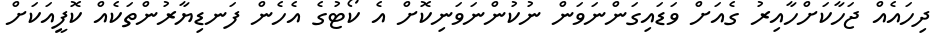
ދިހައެއް ޖަހާކަށްހާއިރު ގެއަށް ވަޑައިގަންނަވަން ނުކުންނަވަނިކޮށް އެ ކޯޓުގެ އެހެން ފަނޑިޔާރުންތަކެއް ކޮފީއަކަށް